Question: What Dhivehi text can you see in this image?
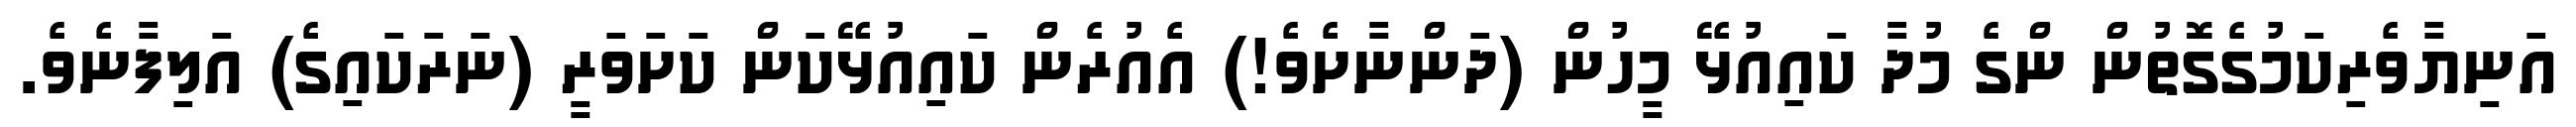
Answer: އަނިޔާވެރިކަމުގެގޮތުން ންގެ މުދާ ކައިއުޅޭ މީހުން (ދަންނާށެވެ!) އެއުރެން ކައިއުޅޭކަން ކަށަވަރީ (ނަރަކައިގެ) އަލިފާނެވެ.